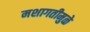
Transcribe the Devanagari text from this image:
मशागतीमुळे